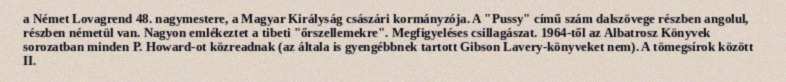
a Német Lovagrend 48. nagymestere, a Magyar Királyság császári kormányzója. A "Pussy" című szám dalszövege részben angolul, részben németül van. Nagyon emlékeztet a tibeti "őrszellemekre". Megfigyeléses csillagászat. 1964-től az Albatrosz Könyvek sorozatban minden P. Howard-ot közreadnak (az általa is gyengébbnek tartott Gibson Lavery-könyveket nem). A tömegsírok között II.